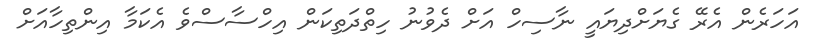
އަހަރެން އެރޭ ގެޔަށްދިޔައީ ނާސިހް އަށް ދެވުނު ހިތްދަތިކަން އިހްސާސްވެ އެކަމާ އިންތިހާއަށް